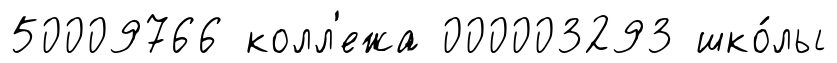
50009766 колл'ежа 000003293 шко́лы